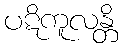
ပဋိကူလန္တိ